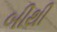
બીથી